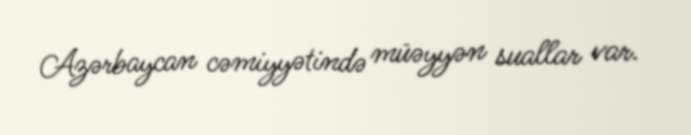
Azərbaycan cəmiyyətində müəyyən suallar var.